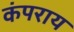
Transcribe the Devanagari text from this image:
कंपराय